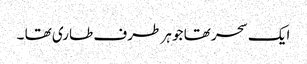
ایک سحر تھا جو ہر طرف طاری تھا ۔